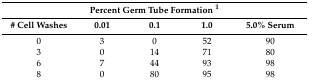
| <COLSPAN=5> Percent Germ Tube Formation 1 |
 | # Cell Washes | 0.01 | 0.1 | 1.0 | 5.0% Serum |
 | --- | --- | --- | --- | --- |
 | 0 | 3 | 0 | 52 | 90 |
 | 3 | 0 | 14 | 71 | 80 |
 | 6 | 7 | 44 | 93 | 98 |
 | 8 | 0 | 80 | 95 | 98 |